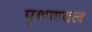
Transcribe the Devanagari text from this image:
पृथकदल